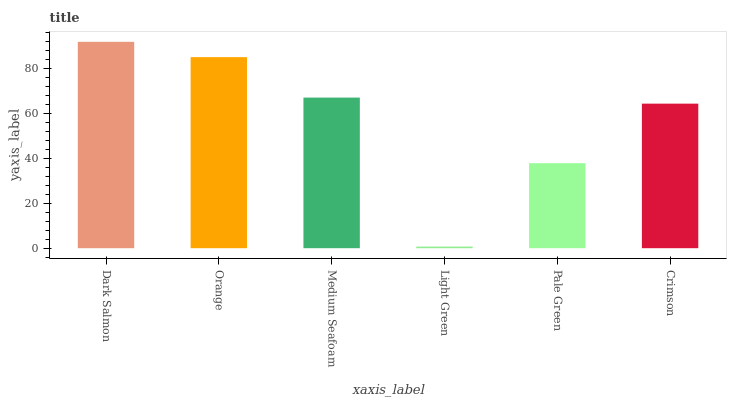
| xaxis_label | bars |
 | --- | --- |
 | Dark Salmon | 91.9 |
 | Orange | 85.1 |
 | Medium Seafoam | 67.1 |
 | Light Green | 0.721 |
 | Pale Green | 37.9 |
 | Crimson | 64.4 |